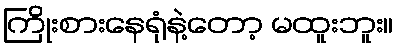
ကြိုးစားနေရုံနဲ့တော့ မထူးဘူး။